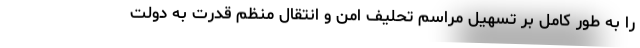
را به طور کامل بر تسهیل مراسم تحلیف امن و انتقال منظم قدرت به دولت